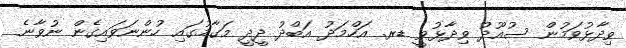
ވިދާޅުވަމުން ސުއޫދު ވިދާޅުވީ ޑރ. އަހްމަދު އަބްދު ދީދީ މަގާމުގައި ހުންނަވައިގެން ނުވާނެ